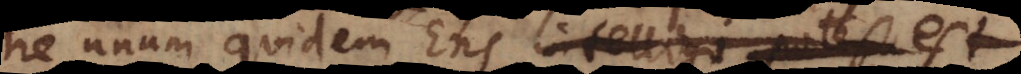
ne unum quidem Ens intelligi potest